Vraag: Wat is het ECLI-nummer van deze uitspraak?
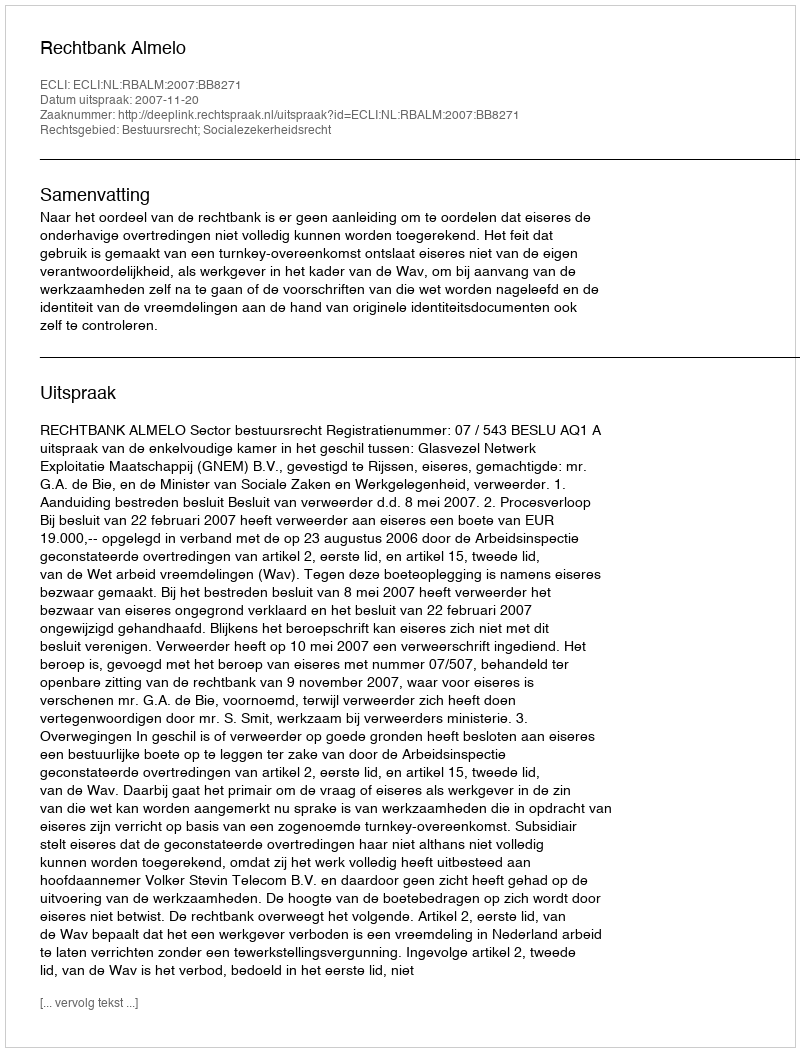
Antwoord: ECLI:NL:RBALM:2007:BB8271